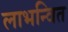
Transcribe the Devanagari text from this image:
लाभन्वित